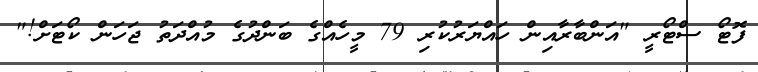
ފޮޓޯ ސްޓޯރީ "އަންބާރާއިން ހައްޔަރުކުރި 79 މީހެއްގެ ބަންދުގެ މުއްދަތު ޖަހަން ކޯޓަށް!"